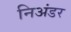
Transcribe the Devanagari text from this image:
निअंडर